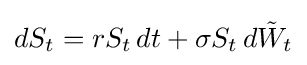
dS_{t}=rS_{t}\,dt+\sigma S_{t}\,d{\tilde {W}}_{t}